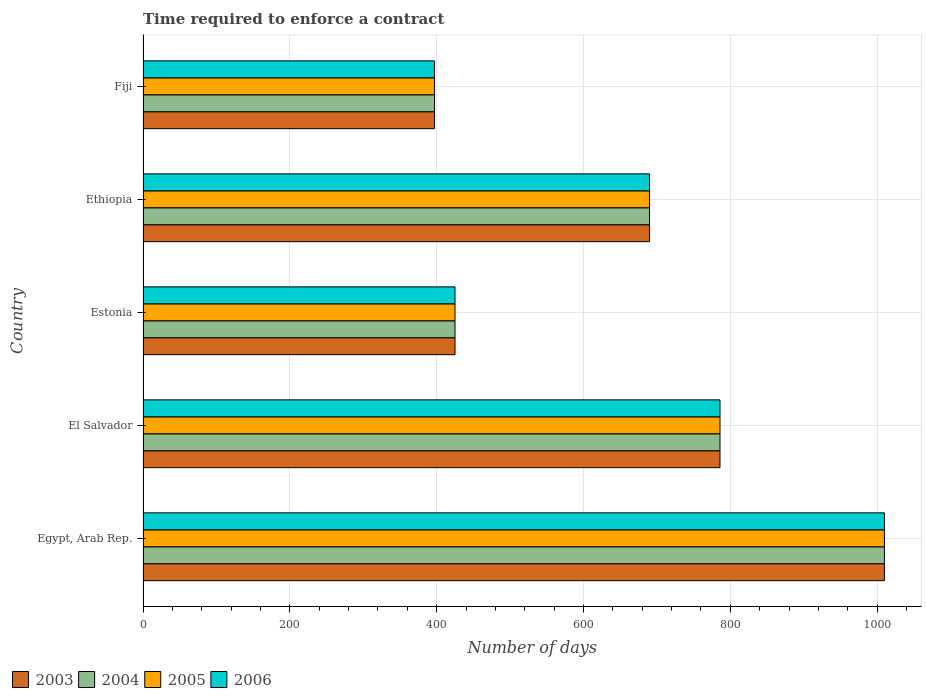
| Country | 2003 | 2004 | 2005 | 2006 |
 | --- | --- | --- | --- | --- |
 | Egypt, Arab Rep. | 1.01e+03 | 1.01e+03 | 1.01e+03 | 1.01e+03 |
 | El Salvador | 786 | 786 | 786 | 786 |
 | Estonia | 425 | 425 | 425 | 425 |
 | Ethiopia | 690 | 690 | 690 | 690 |
 | Fiji | 397 | 397 | 397 | 397 |